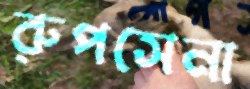
রুপসেনা